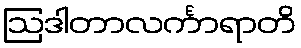
ဩဒါတာလင်္ကာရာတိ